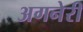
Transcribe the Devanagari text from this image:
अगनेरी